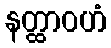
နတ္ထာဝဟံ